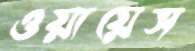
ওয়ায়েস